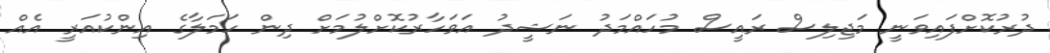
ދުރުކޮށްފައިވަނީ މަޖިލިސް ރައީސް މުހައްމަދު ނަޝީދު އަވަހާރުކޮށްލުމަށް ދިން ހަމަލާގެ އިންކުއަރީ އެއް